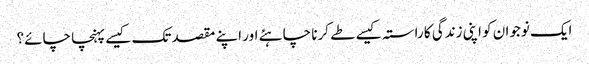
ایک نوجوان کو اپنی زندگی کا راستہ کیسے طے کرنا چاہئے اور اپنے مقصد تک کیسے پہنچا چائے؟